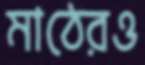
মাঠেরও